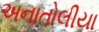
અનાતોલીયા